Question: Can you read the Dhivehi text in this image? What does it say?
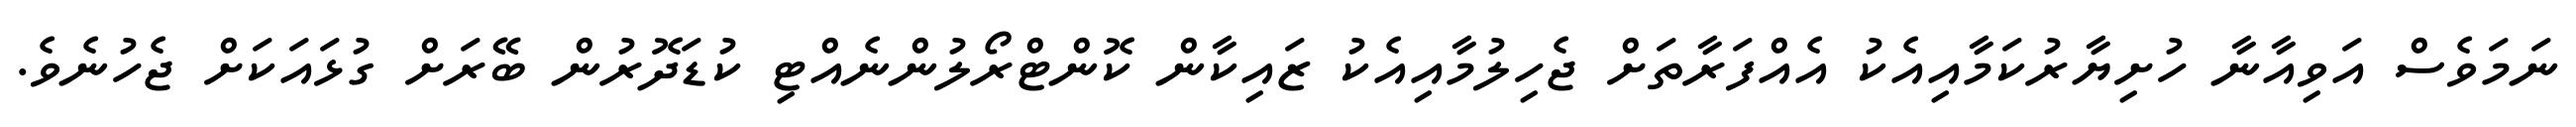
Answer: ނަމަވެސް އަވިއާނާ ހުށިޔާރުކަމާއިއެކު އެއްފަރާތަށް ޖެހިލުމާއިއެކު ޒައިކާން ކޮންޓްރޯލުންނެއްޓި ކުޑަދޮރުން ބޭރަށް ގުޅައަކަށް ޖެހުނެވެ.